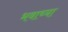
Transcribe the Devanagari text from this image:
भवाच्या